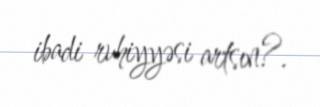
ibadi ruhiyyəsi artsın?.